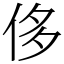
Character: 侈